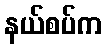
နယ်စပ်က